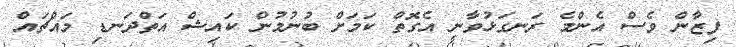
ފިޒާން ވެސް އެންމެ ރަނގަޅުވާނީ އެގޮތް ކަމަށް ބުނުމުން ކައިޝް އަތްދަނޑި މައްޗައް